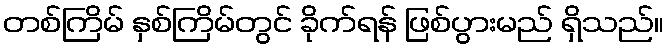
တစ်ကြိမ် နှစ်ကြိမ်တွင် ခိုက်ရန် ဖြစ်ပွားမည် ရှိသည်။